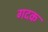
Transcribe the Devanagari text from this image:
गदक